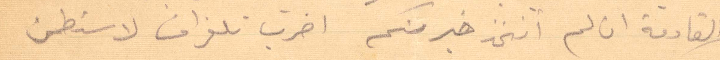
القادمة ان لم اتخذ خبركم اضرب تلغراف لاطمن